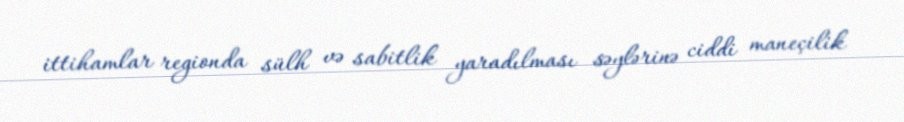
ittihamlar regionda sülh və sabitlik yaradılması səylərinə ciddi maneçilik